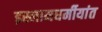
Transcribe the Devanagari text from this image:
इस्लामधर्मीयांत